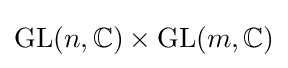
\operatorname {GL} (n,{\mathbb {C} })\times \operatorname {GL} (m,{\mathbb {C} })